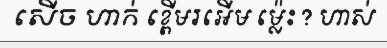
សើច ហាក់ ខ្ពើមរអើម ម្ល៉េះ ? ហាស់